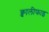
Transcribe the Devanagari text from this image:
क्वालीफाइ